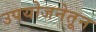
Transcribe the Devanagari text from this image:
उपयोजनेतून